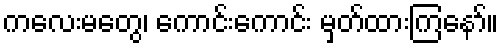
ကလေးမတွေ၊ ကောင်းကောင်း မှတ်ထားကြနော်။